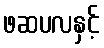
ဖဆပလနှင့်